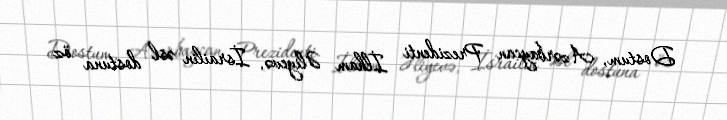
Dostum, Azərbaycan Prezidenti İlham Əliyevə, İsrailin əsl dostuna öz